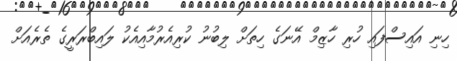
ހިނި އައިސްފައި ހުރި ހާޒިމް އޭނަގެ ހިތަށް ލިބުނު ކުރިއެރުމާއިއެކު ލައިބްރަރީގެ ތެރެއަށް